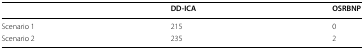
<table><thead><tr><td></td><td><b>DD-ICA</b></td><td><b>OSRBNP</b></td></tr></thead><tbody><tr><td>Scenario 1</td><td>215</td><td>0</td></tr><tr><td>Scenario 2</td><td>235</td><td>2</td></tr></tbody></table>